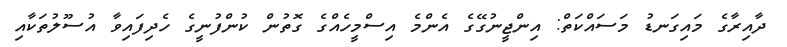
ދާއިރާގެ މައިގަނޑު މަސައްކަތް: އިންޖީނުގޭގެ އެންމެ އިސްމީހެއްގެ ގޮތުން ކުންފުނީގެ ހެދިފައިވާ އުސޫލުތަކާއި